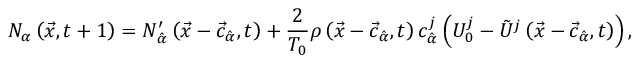
N _ { \alpha } \left( \vec { x } , t + 1 \right) = N _ { \hat { \alpha } } ^ { \prime } \left( \vec { x } - \vec { c } _ { \hat { \alpha } } , t \right) + \frac { 2 } { T _ { 0 } } \rho \left( \vec { x } - \vec { c } _ { \hat { \alpha } } , t \right) c _ { \hat { \alpha } } ^ { j } \left( U _ { 0 } ^ { j } - \tilde { U } ^ { j } \left( \vec { x } - \vec { c } _ { \hat { \alpha } } , t \right) \right) ,